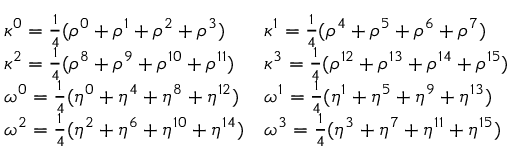
\begin{array} { l l } { \kappa ^ { 0 } = \frac { 1 } { 4 } ( \rho ^ { 0 } + \rho ^ { 1 } + \rho ^ { 2 } + \rho ^ { 3 } ) } & { \kappa ^ { 1 } = \frac { 1 } { 4 } ( \rho ^ { 4 } + \rho ^ { 5 } + \rho ^ { 6 } + \rho ^ { 7 } ) } \\ { \kappa ^ { 2 } = \frac { 1 } { 4 } ( \rho ^ { 8 } + \rho ^ { 9 } + \rho ^ { 1 0 } + \rho ^ { 1 1 } ) } & { \kappa ^ { 3 } = \frac { 1 } { 4 } ( \rho ^ { 1 2 } + \rho ^ { 1 3 } + \rho ^ { 1 4 } + \rho ^ { 1 5 } ) } \\ { \omega ^ { 0 } = \frac { 1 } { 4 } ( \eta ^ { 0 } + \eta ^ { 4 } + \eta ^ { 8 } + \eta ^ { 1 2 } ) } & { \omega ^ { 1 } = \frac { 1 } { 4 } ( \eta ^ { 1 } + \eta ^ { 5 } + \eta ^ { 9 } + \eta ^ { 1 3 } ) } \\ { \omega ^ { 2 } = \frac { 1 } { 4 } ( \eta ^ { 2 } + \eta ^ { 6 } + \eta ^ { 1 0 } + \eta ^ { 1 4 } ) } & { \omega ^ { 3 } = \frac { 1 } { 4 } ( \eta ^ { 3 } + \eta ^ { 7 } + \eta ^ { 1 1 } + \eta ^ { 1 5 } ) } \end{array}